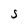
Character: S